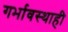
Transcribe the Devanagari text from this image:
गर्भावस्थाही